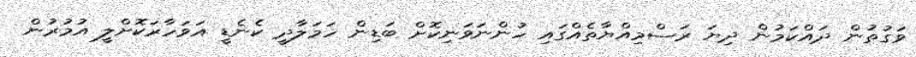
ވަގުތުން ދައްކަމުން ދިޔަ ރަސްމިއްޔާތެއްގައި ހުންނަވަނިކޮށް ބަޑިން ހަމަލާދީ ކެނެޑީ އަވަހާރަކޮށްލީ އުމުރުން